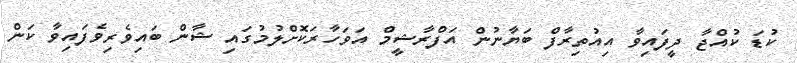
ކުޑަ ކުއްޖާ ދީފައިވާ އިއުތިރާފް ބަޔާނުން އަފްރާޝީމް އަވަހާރަކޮށްލުމުގައި ޝާން ބައިވެރިވެފައިވާ ކަން